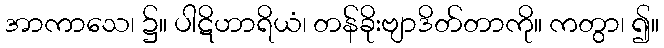
အာကာသေ၊ ၌။ ပါဋိဟာရိယံ၊ တန်ခိုးဗျာဒိတ်တာကို။ ကတွာ၊ ၍။